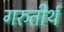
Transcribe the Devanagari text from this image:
गरुतीर्थ